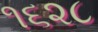
૧૬૨૮